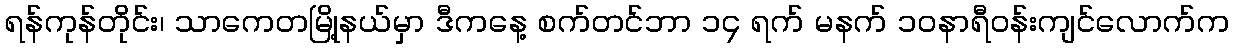
ရန်ကုန်တိုင်း၊ သာကေတမြို့နယ်မှာ ဒီကနေ့ စက်တင်ဘာ ၁၄ ရက် မနက် ၁၀နာရီဝန်းကျင်လောက်က